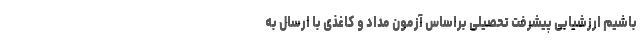
باشیم ارزشیابی پیشرفت تحصیلی براساس آزمون مداد و کاغذی با ارسال به